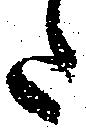
た